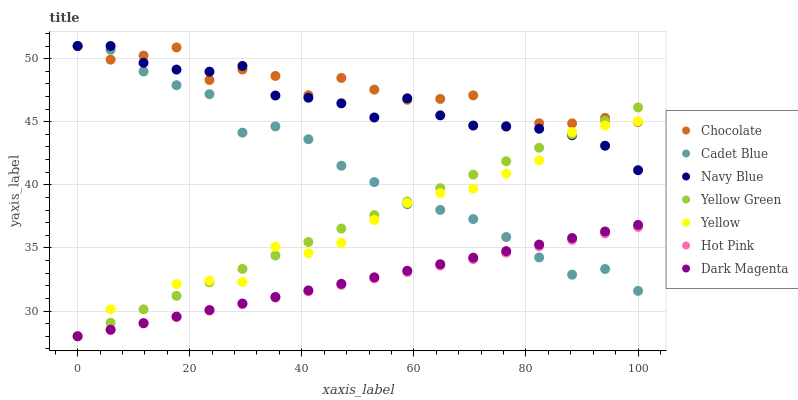
| xaxis_label | Chocolate | Cadet Blue | Navy Blue | Yellow Green | Yellow | Hot Pink | Dark Magenta |
 | --- | --- | --- | --- | --- | --- | --- | --- |
 | 0 | 51 | 51 | 51 | 28 | 28 | 28 | 28 |
 | 5.88 | 49.9 | 50.7 | 51 | 29.1 | 30.1 | 28.5 | 28.5 |
 | 11.8 | 50.2 | 49 | 49.7 | 30.1 | 29 | 29 | 29 |
 | 17.6 | 50.9 | 47.9 | 49.1 | 31.2 | 32.1 | 29.5 | 29.6 |
 | 23.5 | 48.3 | 47.2 | 49 | 32.3 | 32.4 | 30 | 30.1 |
 | 29.4 | 49.1 | 44.1 | 49.4 | 33.3 | 32.3 | 30.5 | 30.6 |
 | 35.3 | 48.6 | 44.6 | 47.1 | 34.4 | 35.1 | 31.1 | 31.1 |
 | 41.2 | 47.1 | 43.6 | 46.9 | 35.5 | 34.6 | 31.6 | 31.6 |
 | 47.1 | 48.5 | 41.5 | 46.5 | 36.5 | 35.4 | 32.1 | 32.2 |
 | 52.9 | 47.5 | 40.2 | 45.3 | 37.6 | 37.2 | 32.6 | 32.7 |
 | 58.8 | 46.7 | 38.5 | 46.9 | 38.7 | 38.6 | 33.1 | 33.2 |
 | 64.7 | 46.8 | 38 | 45.5 | 39.7 | 39.3 | 33.6 | 33.7 |
 | 70.6 | 47.1 | 37.3 | 44.7 | 40.8 | 39.7 | 34.1 | 34.2 |
 | 76.5 | 44.6 | 35.9 | 44.6 | 41.9 | 40.9 | 34.6 | 34.7 |
 | 82.4 | 44.9 | 34.2 | 44.4 | 42.9 | 41.9 | 35.1 | 35.3 |
 | 88.2 | 44.9 | 32.9 | 43.9 | 44 | 44.2 | 35.6 | 35.8 |
 | 94.1 | 45.3 | 33.3 | 43.1 | 45.1 | 44.7 | 36.1 | 36.3 |
 | 100 | 45 | 31.6 | 41.2 | 46.1 | 45 | 36.7 | 36.8 |